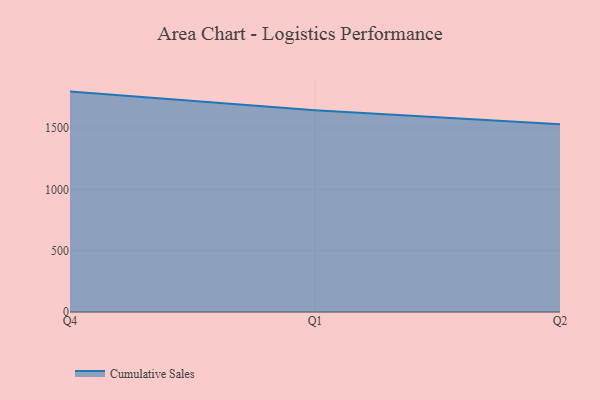
{"axis": {"x": "Quarter", "y": "Population (Million)"}, "legend": ["Cumulative Sales"], "data": [{"x": "Q4", "y": 1796.9, "type": "Cumulative Sales"}, {"x": "Q1", "y": 1645.8, "type": "Cumulative Sales"}, {"x": "Q2", "y": 1529.8, "type": "Cumulative Sales"}]}